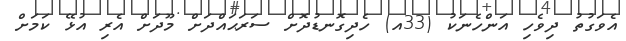
އެވަގުތު ދިވެހި އަންހެނަކު (33އ) ހެދިގޮނޑުދޮށް ސަރަޙައްދަށް މޫދަށް އެރި އުޅޭ ކަމަށް